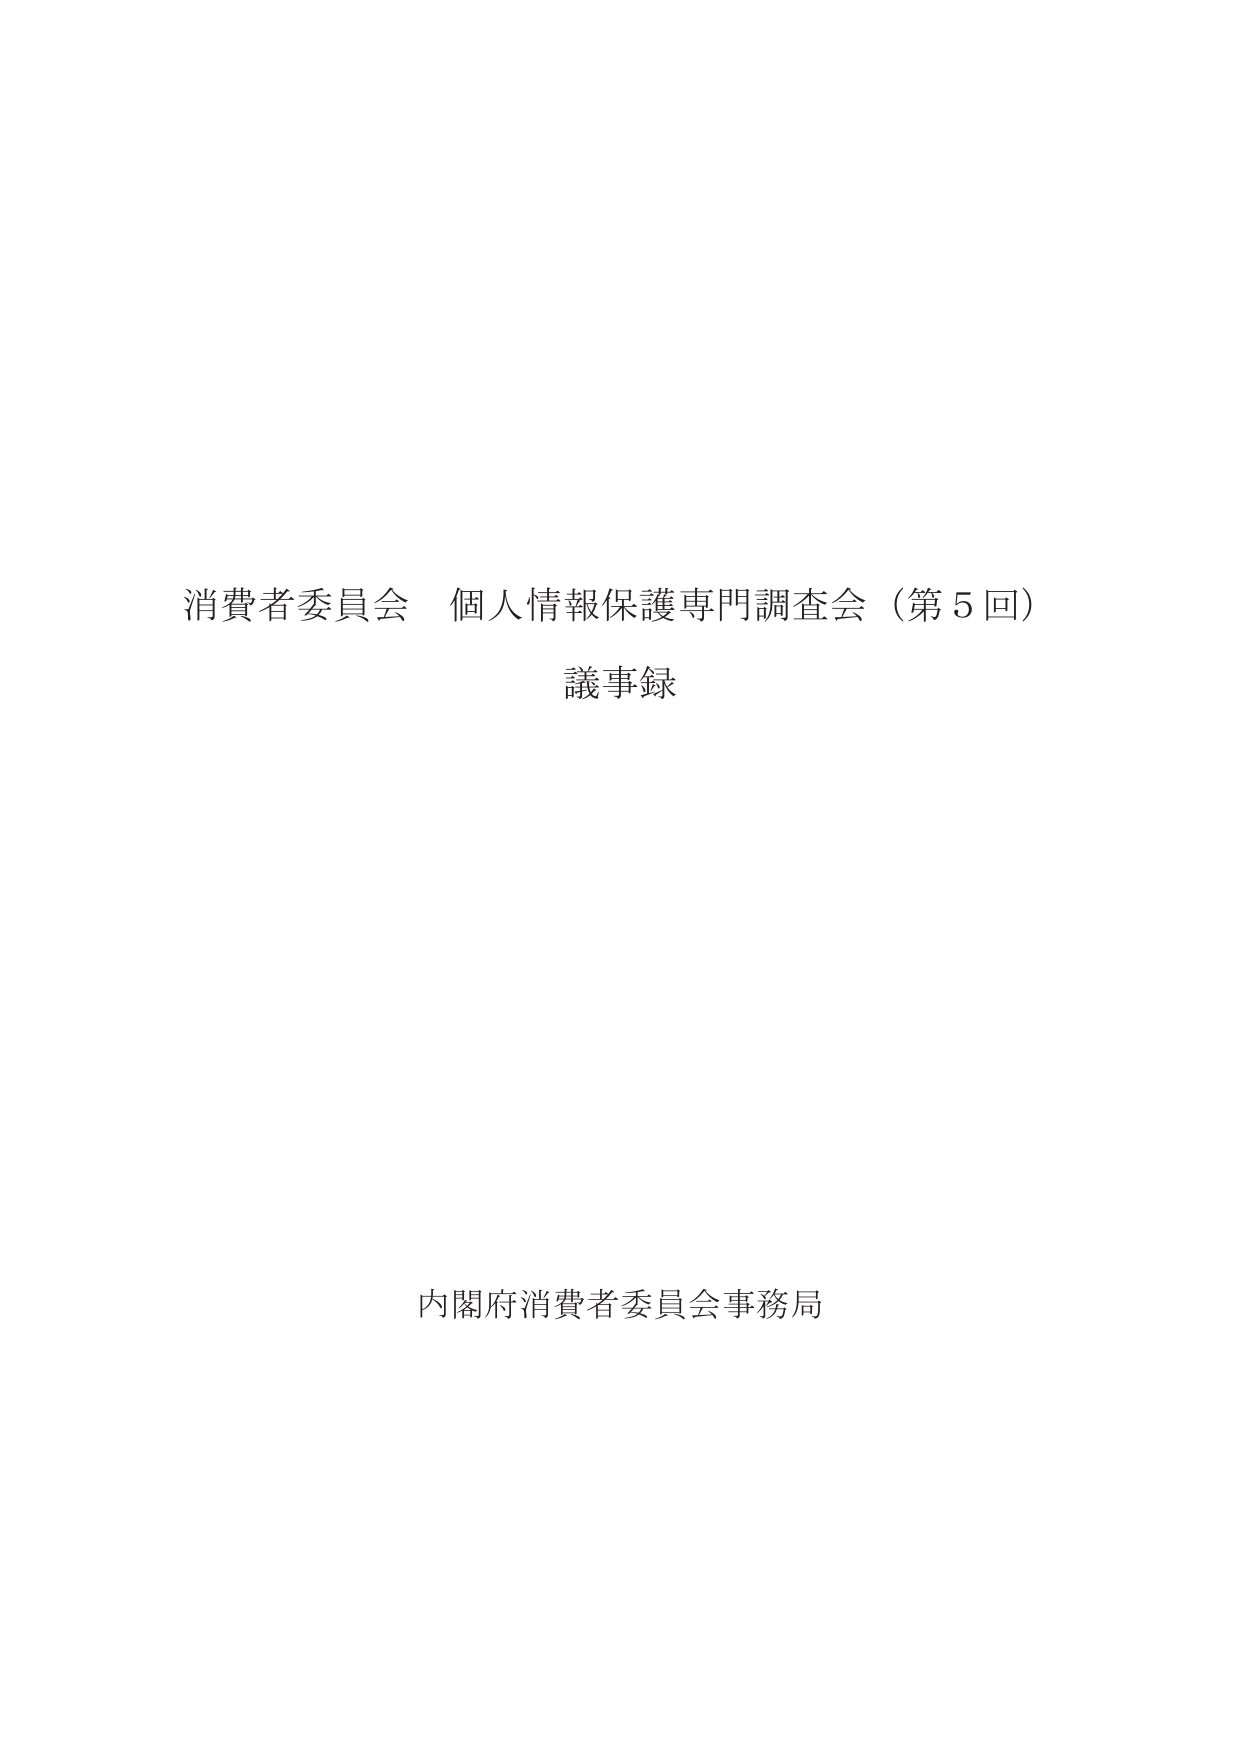
消費者委員会 個人情報保護専門調査会（第５回）
議事録

内閣府消費者委員会事務局